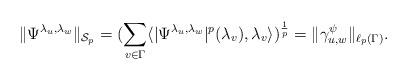
LaTeX: \begin{align*}\|\Psi^{\lambda_u,\lambda_w}\|_{\mathcal{S}_p} = (\sum_{v\in \Gamma}\langle |\Psi^{\lambda_u,\lambda_w}|^p(\lambda_{v}),\lambda_{v}\rangle )^{\frac{1}{p}} = \|\gamma_{u,w}^{\psi}\|_{\ell_p(\Gamma)}.\end{align*}